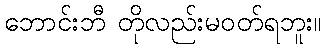
ဘောင်းဘီ တိုလည်းမဝတ်ရဘူး။